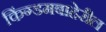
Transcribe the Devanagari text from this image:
किंग्डमबाहेरील